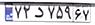
۷۲د۷۵۹۶۷